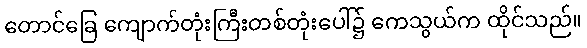
တောင်ခြေ ကျောက်တုံးကြီးတစ်တုံးပေါ်၌ ကေသွယ်က ထိုင်သည်။